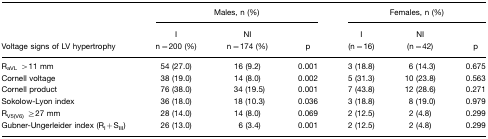
<table><thead><tr><td></td><td colspan="3"><b>Males, n (%)</b></td><td colspan="3"><b>Females, n (%)</b></td></tr><tr><td><b>Voltage signs of LV hypertrophy</b></td><td><b>In=200 (%)</b></td><td><b>NIn=174 (%)</b></td><td><b>p</b></td><td><b>I(n=16)</b></td><td><b>NI(n=42)</b></td><td><b>p</b></td></tr></thead><tbody><tr><td>R<sub>aVL</sub> &gt;11 mm</td><td>54 (27.0)</td><td>16 (9.2)</td><td>0.001</td><td>3 (18.8)</td><td>6 (14.3)</td><td>0.675</td></tr><tr><td>Cornell voltage</td><td>38 (19.0)</td><td>14 (8.0)</td><td>0.002</td><td>5 (31.3)</td><td>10 (23.8)</td><td>0.563</td></tr><tr><td>Cornell product</td><td>76 (38.0)</td><td>34 (19.5)</td><td>0.001</td><td>7 (43.8)</td><td>12 (28.6)</td><td>0.271</td></tr><tr><td>Sokolow-Lyon index</td><td>36 (18.0)</td><td>18 (10.3)</td><td>0.036</td><td>3 (18.8)</td><td>8 (19.0)</td><td>0.979</td></tr><tr><td>R<sub>V5(V6)</sub> ≥27 mm</td><td>28 (14.0)</td><td>14 (8.0)</td><td>0.069</td><td>2 (12.5)</td><td>2 (4.8)</td><td>0.299</td></tr><tr><td>Gubner-Ungerleider index (R<sub>I</sub>+S<sub>III</sub>)</td><td>26 (13.0)</td><td>6 (3.4)</td><td>0.001</td><td>2 (12.5)</td><td>2 (4.8)</td><td>0.299</td></tr></tbody></table>